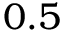
0 . 5